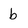
Character: b